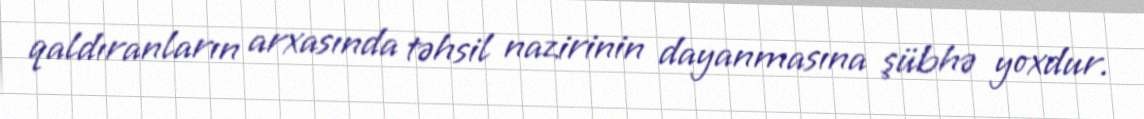
qaldıranların arxasında təhsil nazirinin dayanmasına şübhə yoxdur.